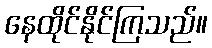
နေထိုင်နိုင်ကြသည်။